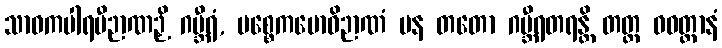
သာဝကပါရမီဉာဏဉှိ ဂမ္ဘီရံ, ပစ္စေကဗောဓိဉာဏံ ပန တတော ဂမ္ဘီရတရန္တိ တတ္ထ ဝဝတ္ထာနံ